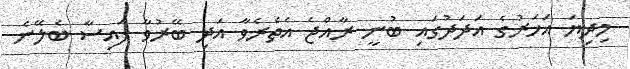
މިދިޔަ އަހަރުގެ އަދަދުގައި ބުނީ ރާއްޖެ އެތެރެވާ އަދި ބޭރުވާ ފައިސާ ބެލޭނެ